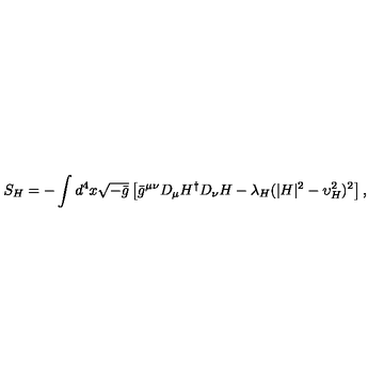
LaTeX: S _ { H } = - \int d ^ { 4 } x \sqrt { - \bar { g } } \left[ \bar { g } ^ { \mu \nu } D _ { \mu } H ^ { \dagger } D _ { \nu } H - \lambda _ { H } ( | H | ^ { 2 } - \upsilon _ { H } ^ { 2 } ) ^ { 2 } \right] ,